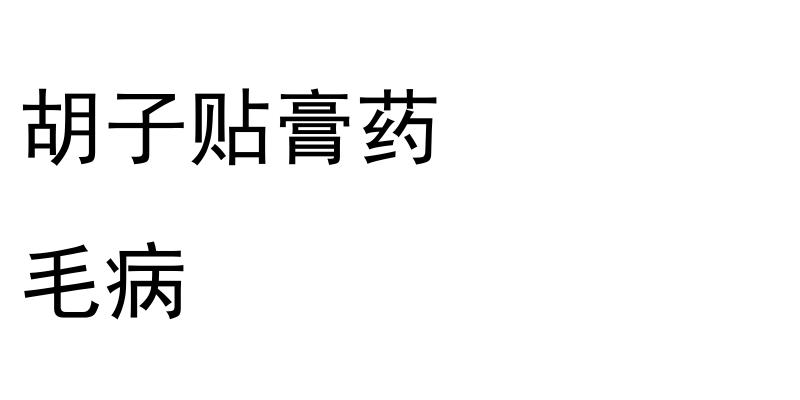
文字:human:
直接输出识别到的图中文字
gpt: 胡子贴膏药 毛病